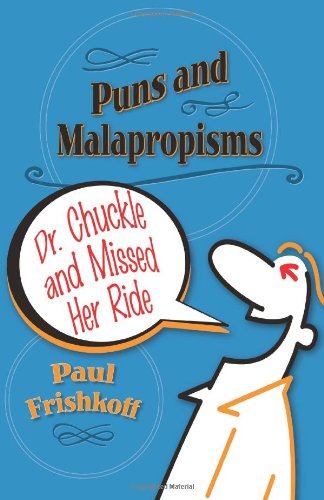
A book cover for Dr. Chuckle and Missed Her Ride: Puns and Malapropisms; Paul Frishkoff; Humor & Entertainment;